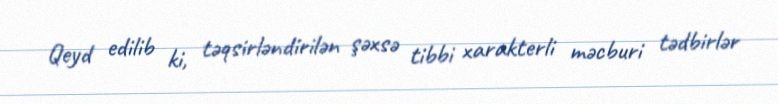
Qeyd edilib ki, təqsirləndirilən şəxsə tibbi xarakterli məcburi tədbirlər